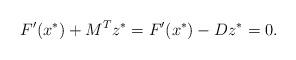
LaTeX: \begin{align*}F'(x^*) + M^Tz^* = F'(x^*) - Dz^* = 0.\end{align*}